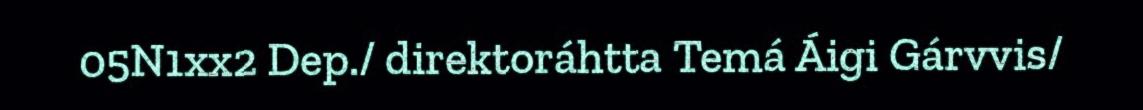
05N1xx2 Dep./ direktoráhtta Temá Áigi Gárvvis/